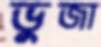
ভুজা